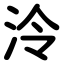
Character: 泠